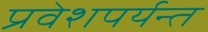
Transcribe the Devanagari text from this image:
प्रवेशपर्यन्त